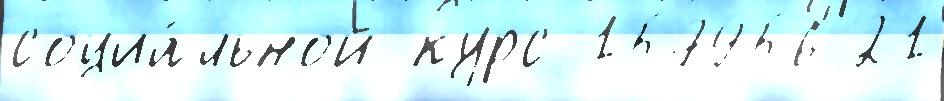
социа́льной курс 157956 21